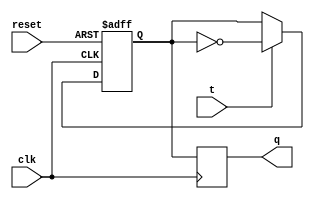
module t_ff (
    input wire clk, // clock input
    input wire reset, // reset input
    input wire t, // toggle input
    output reg q // output
);

reg d1, d2;

// Master flip-flop triggered on rising edge
always @(posedge clk or posedge reset) begin
    if (reset) 
        d1 <= 1'b0; // Initialize to 0 on reset
    else if (t)
        d1 <= ~d1; // Toggle input
end

// Slave flip-flop triggered on falling edge
always @(negedge clk) begin
    d2 <= d1; // Transfer captured state
end

// Output Q connected to slave flip-flop output
assign q = d2;

endmodule